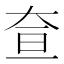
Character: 𡘍